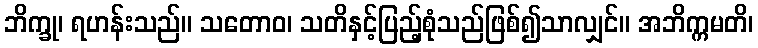
ဘိက္ခု၊ ရဟန်းသည်။ သတောဝ၊ သတိနှင့်ပြည့်စုံသည်ဖြစ်၍သာလျှင်။ အဘိက္ကမတိ၊